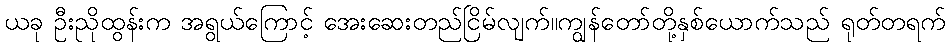
ယခု ဦးညိုထွန်းက အရွယ်ကြောင့် အေးဆေးတည်ငြိမ်လျက်။ကျွန်တော်တို့နှစ်ယောက်သည် ရုတ်တရက်